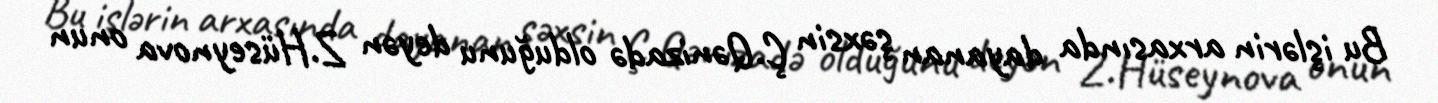
Bu işlərin arxasında dayanan şəxsin Ç.Qənizadə olduğunu deyən Z.Hüseynova onun